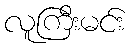
လူကြီးမင်း